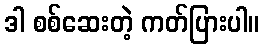
ဒါ စစ်ဆေးတဲ့ ကတ်ပြားပါ။